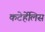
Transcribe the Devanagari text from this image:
कटेर्हेलिस